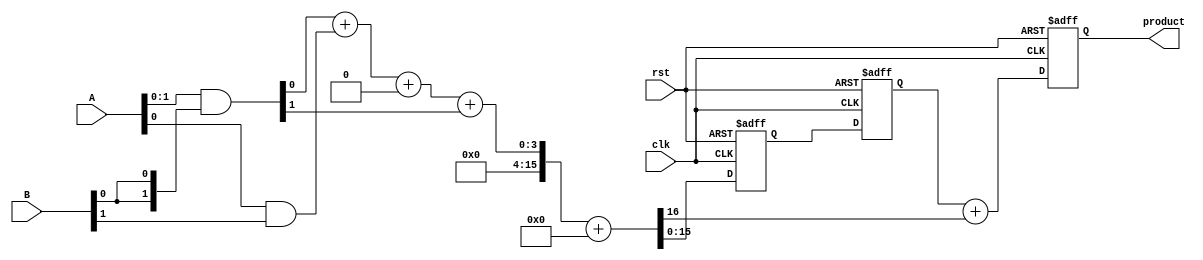
module pipelined_wallace_tree_multiplier #(parameter n = 8) (
    input  wire [n-1:0] A,
    input  wire [n-1:0] B,
    input  wire clk,
    input  wire rst,
    output reg [2*n-1:0] product
);

    // Intermediate signals
    wire [n-1:0] partial_products[n-1:0];
    wire [2*n-1:0] sum_stage1[n-1:0];
    wire [2*n-1:0] carry_stage1[n-1:0];
    wire [2*n-1:0] sum_stage2[n-1:0];
    wire [2*n-1:0] carry_stage2[n-1:0];
    wire [2*n-1:0] final_sum;
    wire [2*n-1:0] final_carry;

    // Generate partial products
    genvar i, j;
    generate
        for (i = 0; i < n; i = i + 1) begin : gen_partial_products
            assign partial_products[i] = A & {n{B[i]}};
        end
    endgenerate

    // Wallace tree reduction stage 1
    generate
        for (i = 0; i < n; i = i + 1) begin : stage1
            if (i < n-1) begin
                // Half adder for two bits
                assign {carry_stage1[i], sum_stage1[i]} = partial_products[i][0] + partial_products[i+1][0];
            end
            else begin
                assign sum_stage1[i] = partial_products[i][0];
                assign carry_stage1[i] = 1'b0;
            end
        end
    endgenerate

    // Wallace tree reduction stage 2
    generate
        for (i = 0; i < n; i = i + 1) begin : stage2
            if (i < n-1) begin
                // Full adder for three bits
                assign {carry_stage2[i], sum_stage2[i]} = sum_stage1[i] + carry_stage1[i] + partial_products[i][1];
            end
            else begin
                assign sum_stage2[i] = sum_stage1[i];
                assign carry_stage2[i] = carry_stage1[i];
            end
        end
    endgenerate

    // Final addition
    assign {final_carry, final_sum} = sum_stage2[0] + carry_stage2[0];

    // Pipelining registers
    reg [2*n-1:0] stage1_reg, stage2_reg;

    always @(posedge clk or posedge rst) begin
        if (rst) begin
            product <= 0;
            stage1_reg <= 0;
            stage2_reg <= 0;
        end else begin
            // Pipeline stages
            stage1_reg <= final_sum;
            stage2_reg <= stage1_reg;
            product <= stage2_reg + final_carry;
        end
    end

endmodule